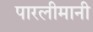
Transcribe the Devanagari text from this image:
पारलीमानी